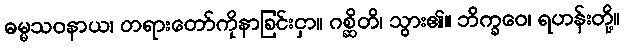
ဓမ္မသဝနာယ၊ တရားတော်ကိုနာခြင်းငှာ။ ဂစ္ဆိတိ၊ သွား၏။ ဘိက္ခဝေ၊ ရဟန်းတို့။